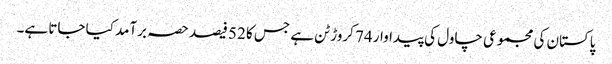
پاکستان کی مجموعی چاول کی پیداوار 74 کروڑ ٹن ہے جس کا 52 فیصد حصہ برآمد کیا جاتا ہے۔